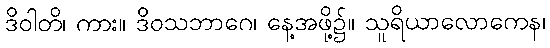
ဒိဝါတိ၊ ကား။ ဒိဝသဘာဂေ၊ နေ့အဖို့၌။ သူရိယာလောကေန၊